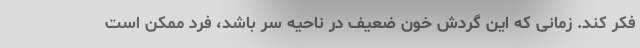
فکر کند. زمانی که این گردش خون ضعیف در ناحیه سر باشد، فرد ممکن است